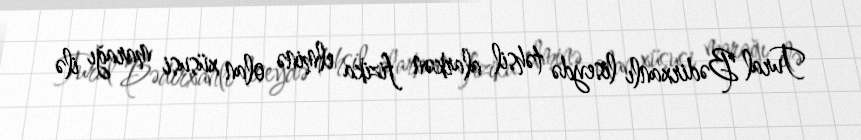
Tural Bədirxanlı liseydə təhsil alarkən fizika elminə olan xüsusi marağı ilə